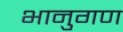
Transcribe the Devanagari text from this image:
भानुगण